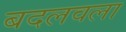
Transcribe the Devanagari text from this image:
बदलवला